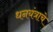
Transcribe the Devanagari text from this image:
धनयंत्राचे